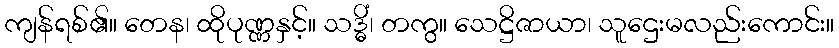
ကျန်ရစ်၏။ တေန၊ ထိုပုဏ္ဏနှင့်။ သဒ္ဓိံ၊ တကွ။ သေဋ္ဌိဇာယာ၊ သူဌေးမလည်းကောင်း။